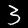
Label: 3